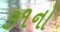
૭૧નો